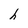
Character: h